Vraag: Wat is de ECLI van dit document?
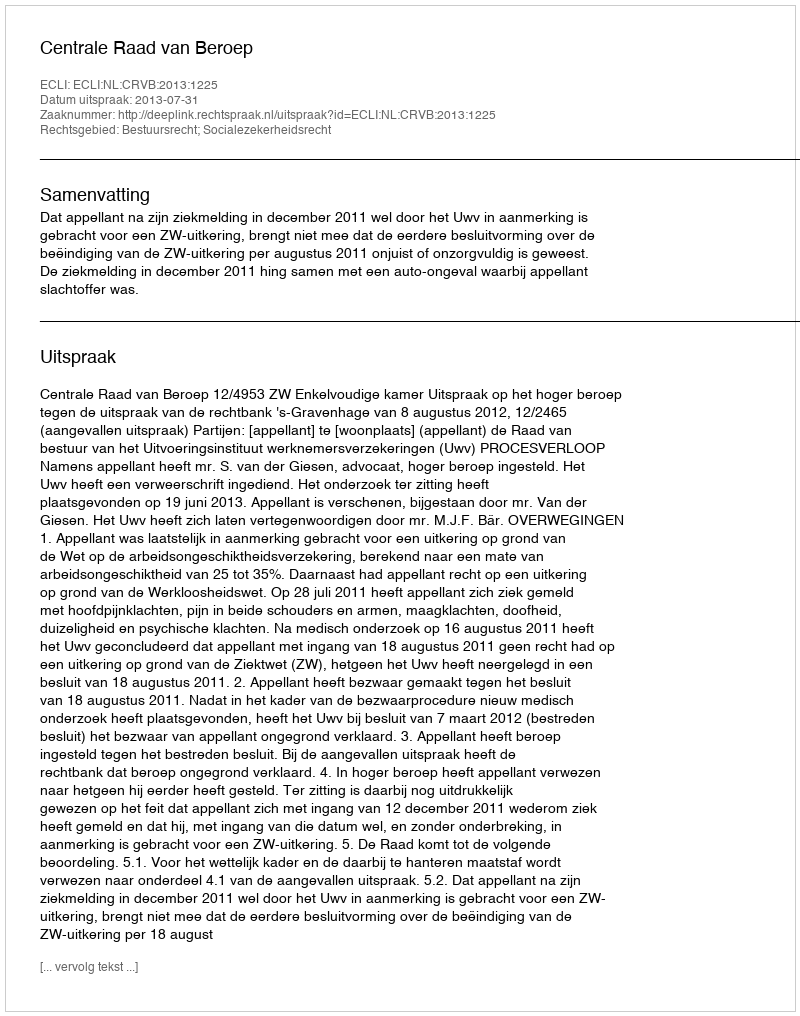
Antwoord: ECLI:NL:CRVB:2013:1225